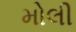
મોલી